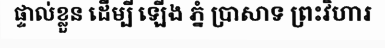
ផ្ទាល់ខ្លួន ដើម្បី ឡើង ភ្នំ ប្រាសាទ ព្រះវិហារ